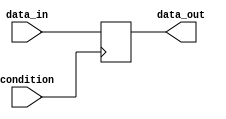
module Loop (
    input wire condition,
    input wire [7:0] data_in,
    output reg [7:0] data_out
);

always @(posedge condition) begin
    if (condition) begin
        // Loop statements here
        data_out <= data_in;
    end
end

endmodule